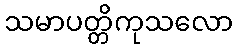
သမာပတ္တိကုသလော